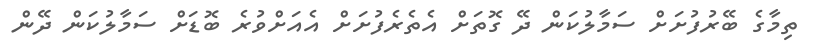
ތިމާގެ ބޭރުފުށަށް ސަމާލުކަން ދޭ ގޮތަށް އެތެރެފުށަށް އެއަށްވުރެ ބޮޑަށް ސަމާލުކަން ދޭން